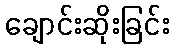
ချောင်းဆိုးခြင်း